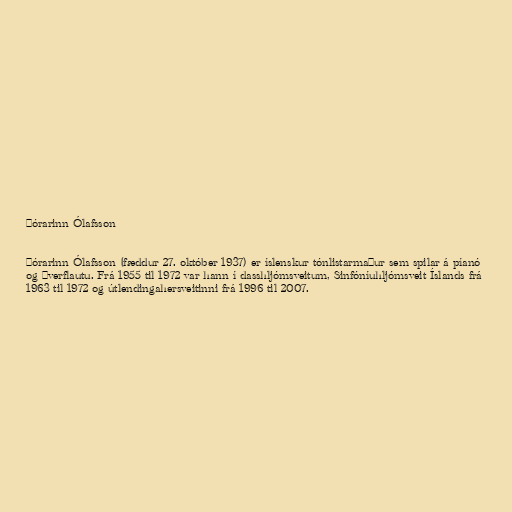
Þórarinn Ólafsson

Þórarinn Ólafsson (fæddur 27. október 1937) er íslenskur tónlistarmaður sem spilar á píanó
og þverflautu. Frá 1955 til 1972 var hann í dasshljómsveitum, Sinfóníuhljómsveit Íslands frá
1963 til 1972 og útlendingahersveitinni frá 1996 til 2007.